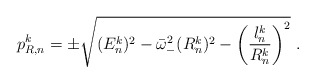
\begin{align*}p_{R,n}^{k} = \pm \sqrt{(E_{n}^{k})^{2} - \bar{\omega}_{-}^{2}(R_{n}^{k})^{2} - \left(\frac{l_{n}^{k}}{R_{n}^{k}}\right)^{2}}\ .\end{align*}